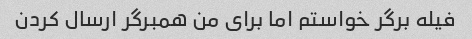
فیله برگر خواستم اما برای من همبرگر ارسال کردن